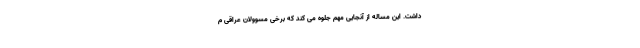
داشت. این مساله از آنجایی مهم جلوه می کند که برخی مسوولان عراقی م